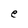
Character: e